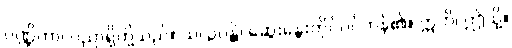
ပဏ္ဍိတာ၊ ပညာရှိတို့သည်။ သလ္လပန္တိ၊ ဆွေးနွေးတိုင်ပင်ကုန်၏။ ဣတိ၊ ဤသို့။